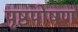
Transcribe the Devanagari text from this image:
पृष्ठपोषण